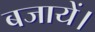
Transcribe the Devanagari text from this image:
बजायें।